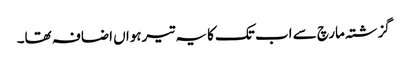
گزشتہ مارچ سے اب تک کا یہ تیرہواں اضافہ تھا۔